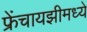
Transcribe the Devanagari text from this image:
फ्रेंचायझीमध्ये